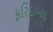
ફરિદાબાદ